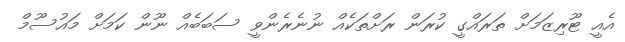
އެއީ ޓޫރިޒަމަށް ތަރައްގީ ކުރަން ރަށްތަކެއް ނުނެރެންވީ ސަބަބެއް ނޫން ކަމަށް މައުސޫމް